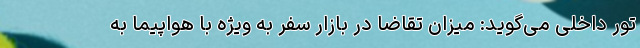
تور داخلی می‌گوید: میزان تقاضا در بازار سفر به ویژه با هواپیما به